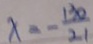
x = - \frac { 1 3 0 } { 2 1 }